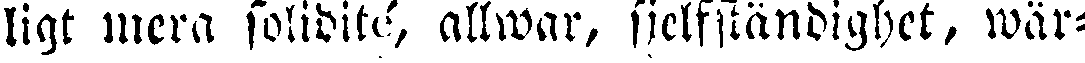
ligt mera solidité-, allwar, sjelfständighet, wär-